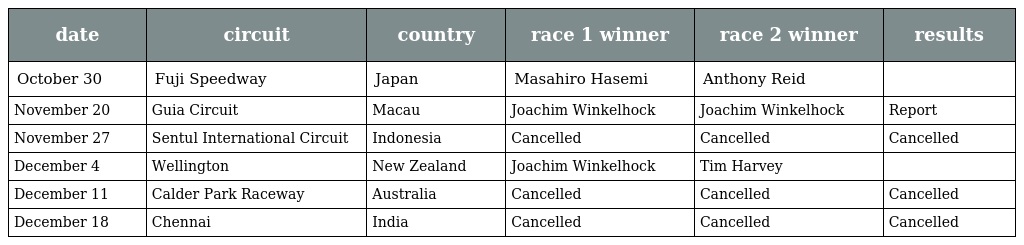
| date | circuit | country | race 1 winner | race 2 winner | results |
 | --- | --- | --- | --- | --- | --- |
 | October 30 | Fuji Speedway | Japan | Masahiro Hasemi | Anthony Reid |  |
 | November 20 | Guia Circuit | Macau | Joachim Winkelhock | Joachim Winkelhock | Report |
 | November 27 | Sentul International Circuit | Indonesia | Cancelled | Cancelled | Cancelled |
 | December 4 | Wellington | New Zealand | Joachim Winkelhock | Tim Harvey |  |
 | December 11 | Calder Park Raceway | Australia | Cancelled | Cancelled | Cancelled |
 | December 18 | Chennai | India | Cancelled | Cancelled | Cancelled |